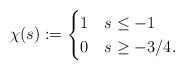
LaTeX: \begin{align*}\chi(s):=\begin{cases}1 & s\leq -1\\0 & s\geq -3/4.\end{cases}\end{align*}